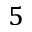
5